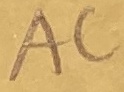
Text: AC